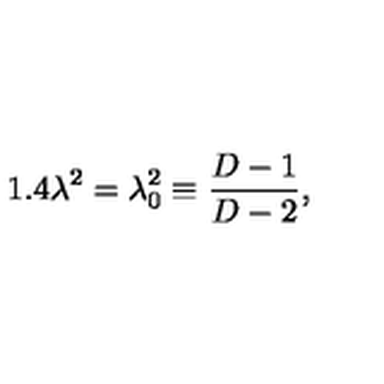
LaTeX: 1 . 4 \lambda ^ { 2 } = \lambda _ { 0 } ^ { 2 } \equiv \frac { D - 1 } { D - 2 } ,